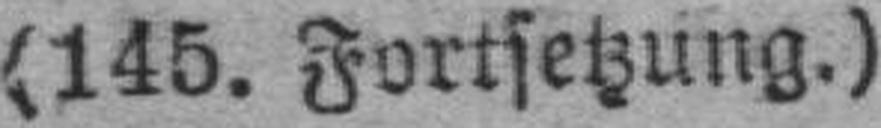
(145. Fortsetzung.)